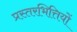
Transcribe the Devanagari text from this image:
प्रस्तरभित्तियों